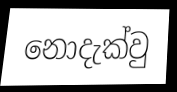
නොදැක්වු